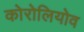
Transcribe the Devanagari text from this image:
कोरोलियोव